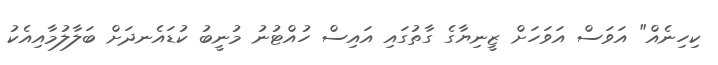
ކިހިނެއް" އަވަސް އަވަހަށް ޒީނިޔާގެ ގާތުގައި އައިސް ހުއްޓުނު މުނީބު ކުޑައެނދަށް ބަލާލުމާއިއެކު